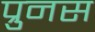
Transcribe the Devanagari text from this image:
प्रुनस